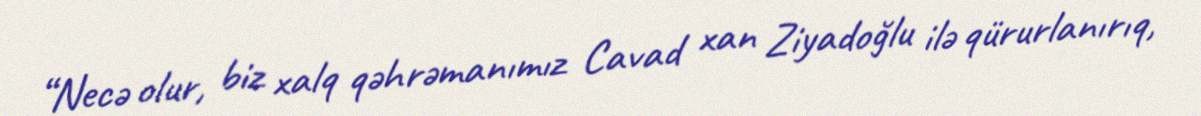
“Necə olur, biz xalq qəhrəmanımız Cavad xan Ziyadoğlu ilə qürurlanırıq,